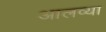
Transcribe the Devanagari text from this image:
आलव्या